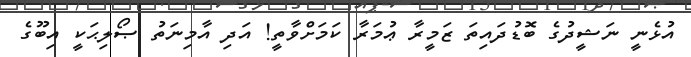
އުޅެނީ ނަޝީދުގެ ބޮޑުދައިތަ ޒަމީރާ ޢުމަރާ ކަމަށްވާތީ! އަދި އާމިނަތު ޞޯލިޙަކީ އިބޫގެ